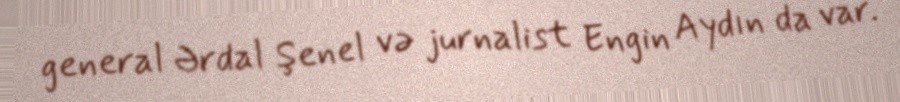
general Ərdal Şenel və jurnalist Engin Aydın da var.